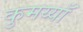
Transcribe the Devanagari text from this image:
कुमय्याँ